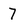
Character: 7